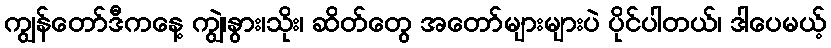
ကျွန်တော်ဒီကနေ့ ကျွဲ၊နွား၊သိုး၊ ဆိတ်တွေ အတော်များများပဲ ပိုင်ပါတယ်၊ ဒါပေမယ့်